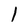
Character: l